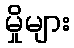
မှိုများ